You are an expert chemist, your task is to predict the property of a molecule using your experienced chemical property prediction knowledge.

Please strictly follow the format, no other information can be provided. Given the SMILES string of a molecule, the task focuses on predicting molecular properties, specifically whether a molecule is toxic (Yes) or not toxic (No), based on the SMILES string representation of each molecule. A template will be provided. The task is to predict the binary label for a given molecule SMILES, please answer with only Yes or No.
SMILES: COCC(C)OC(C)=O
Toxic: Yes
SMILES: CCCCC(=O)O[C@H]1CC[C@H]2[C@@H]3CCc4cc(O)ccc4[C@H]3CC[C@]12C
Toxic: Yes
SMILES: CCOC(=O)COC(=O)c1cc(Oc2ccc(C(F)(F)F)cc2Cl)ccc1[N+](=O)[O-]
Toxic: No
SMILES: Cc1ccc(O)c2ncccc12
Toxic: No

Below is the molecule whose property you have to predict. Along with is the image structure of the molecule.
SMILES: C=COC(C)=O
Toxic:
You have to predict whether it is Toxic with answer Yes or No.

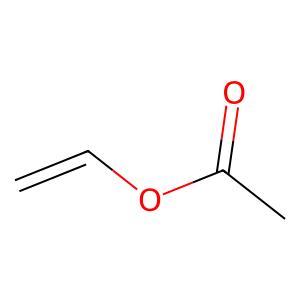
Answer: No